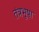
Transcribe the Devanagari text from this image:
तंत्रभूषा